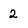
Character: 2